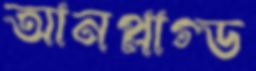
আনপ্লাগ্ড